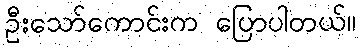
ဦးသော်ကောင်းက ပြောပါတယ်။